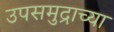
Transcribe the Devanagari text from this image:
उपसमुद्राच्या